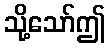
သို့သော်ဤ